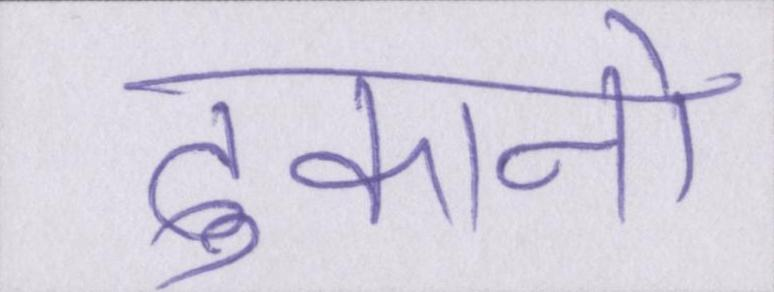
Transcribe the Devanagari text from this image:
दुकानो